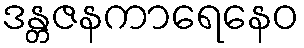
ဒန္တဇနကာရေနေဝ